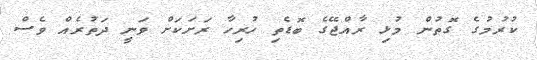
ކުރުމުގެ ގޮތުން މުޅި ރާއްޖޭގެ ބޮޑެތި ހުރިހާ ރަށަކަށް ވަނީ ދަތުރެއް ވެސް